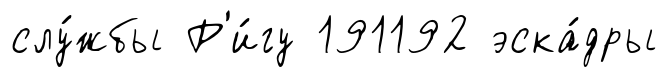
слу́жбы Р'и́гу 191192 эска́дры